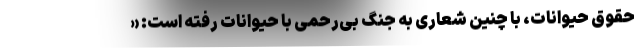
حقوق حیوانات، با چنین شعاری به جنگ بی‌رحمی با حیوانات رفته است: «